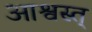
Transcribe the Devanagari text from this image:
आश्वस्त्